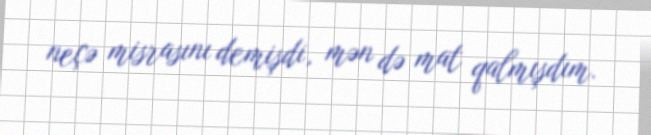
neçə misrasını demişdi, mən də mat qalmışdım.